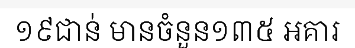
១៩ជាន់ មានចំនួន១៣៥ អគារ